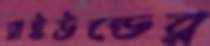
রাইউন্ডের